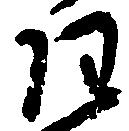
任